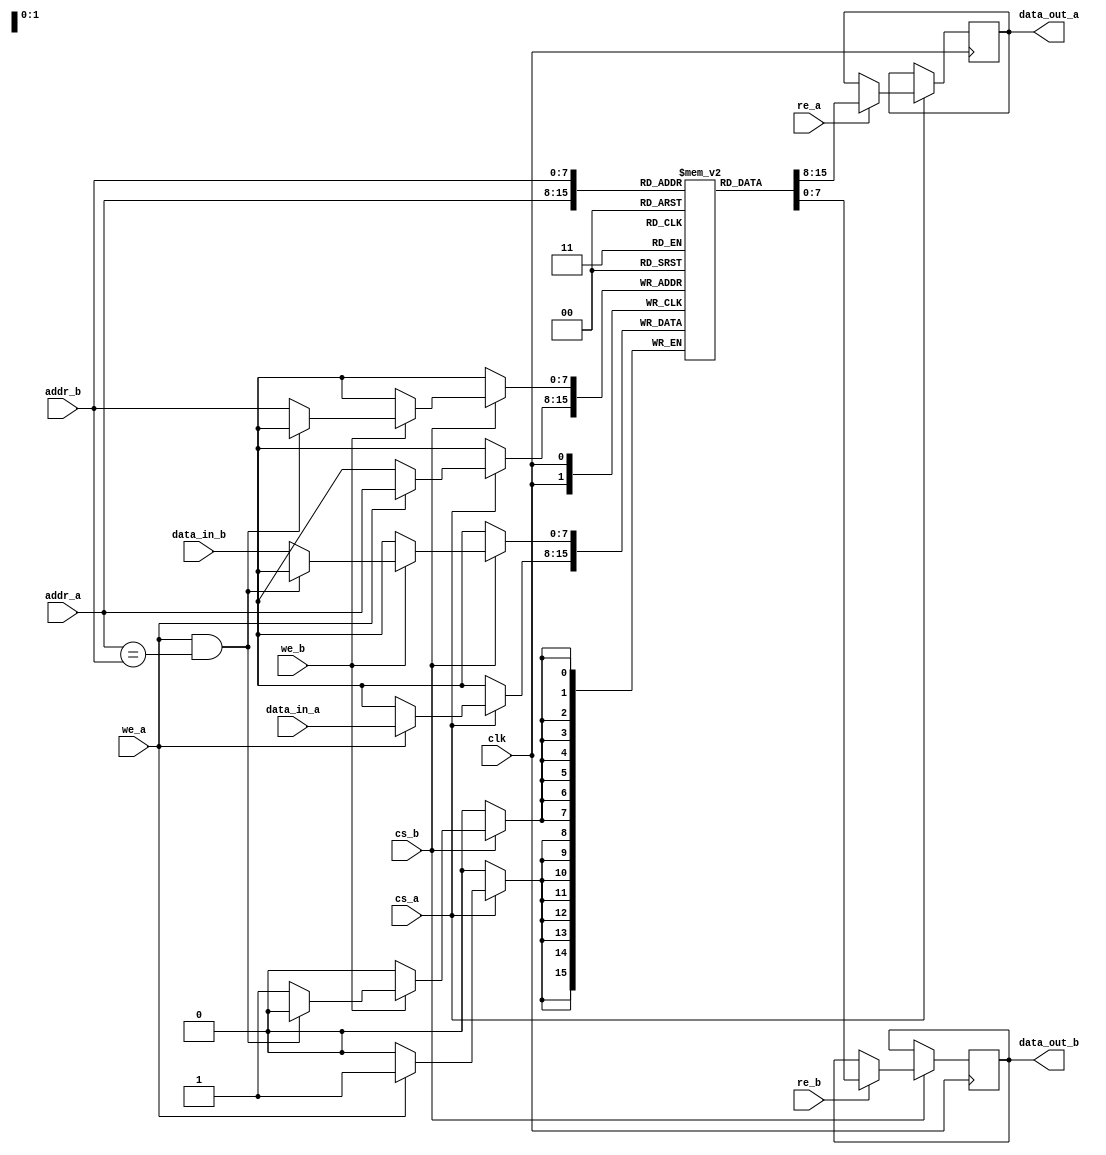
module dual_port_sram #(
    parameter ADDR_WIDTH = 8,  // Address width
    parameter DATA_WIDTH = 8    // Data width
)(
    input wire clk,             // Clock signal
    input wire cs_a,           // Chip Select for Port A
    input wire re_a,           // Read Enable for Port A
    input wire we_a,           // Write Enable for Port A
    input wire [ADDR_WIDTH-1:0] addr_a, // Address for Port A
    input wire [DATA_WIDTH-1:0] data_in_a, // Data input for Port A
    output reg [DATA_WIDTH-1:0] data_out_a, // Data output for Port A

    input wire cs_b,           // Chip Select for Port B
    input wire re_b,           // Read Enable for Port B
    input wire we_b,           // Write Enable for Port B
    input wire [ADDR_WIDTH-1:0] addr_b, // Address for Port B
    input wire [DATA_WIDTH-1:0] data_in_b, // Data input for Port B
    output reg [DATA_WIDTH-1:0] data_out_b  // Data output for Port B
);

    // Memory array
    reg [DATA_WIDTH-1:0] memory [(2**ADDR_WIDTH)-1:0];

    // Port A operations
    always @(posedge clk) begin
        if (cs_a) begin
            if (we_a) begin
                // Write operation for Port A
                memory[addr_a] <= data_in_a;
            end
            if (re_a) begin
                // Read operation for Port A
                data_out_a <= memory[addr_a];
            end
        end
    end

    // Port B operations
    always @(posedge clk) begin
        if (cs_b) begin
            if (we_b) begin
                // Write operation for Port B
                if (!(we_a && (addr_a == addr_b))) begin // Prevent simultaneous writes
                    memory[addr_b] <= data_in_b;
                end
            end
            if (re_b) begin
                // Read operation for Port B
                data_out_b <= memory[addr_b];
            end
        end
    end

endmodule